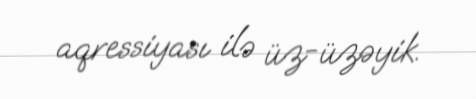
aqressiyası ilə üz-üzəyik.